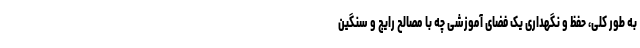
به طور کلی، حفظ و نگهداری یک فضای آموزشی چه با مصالح رایج و سنگین